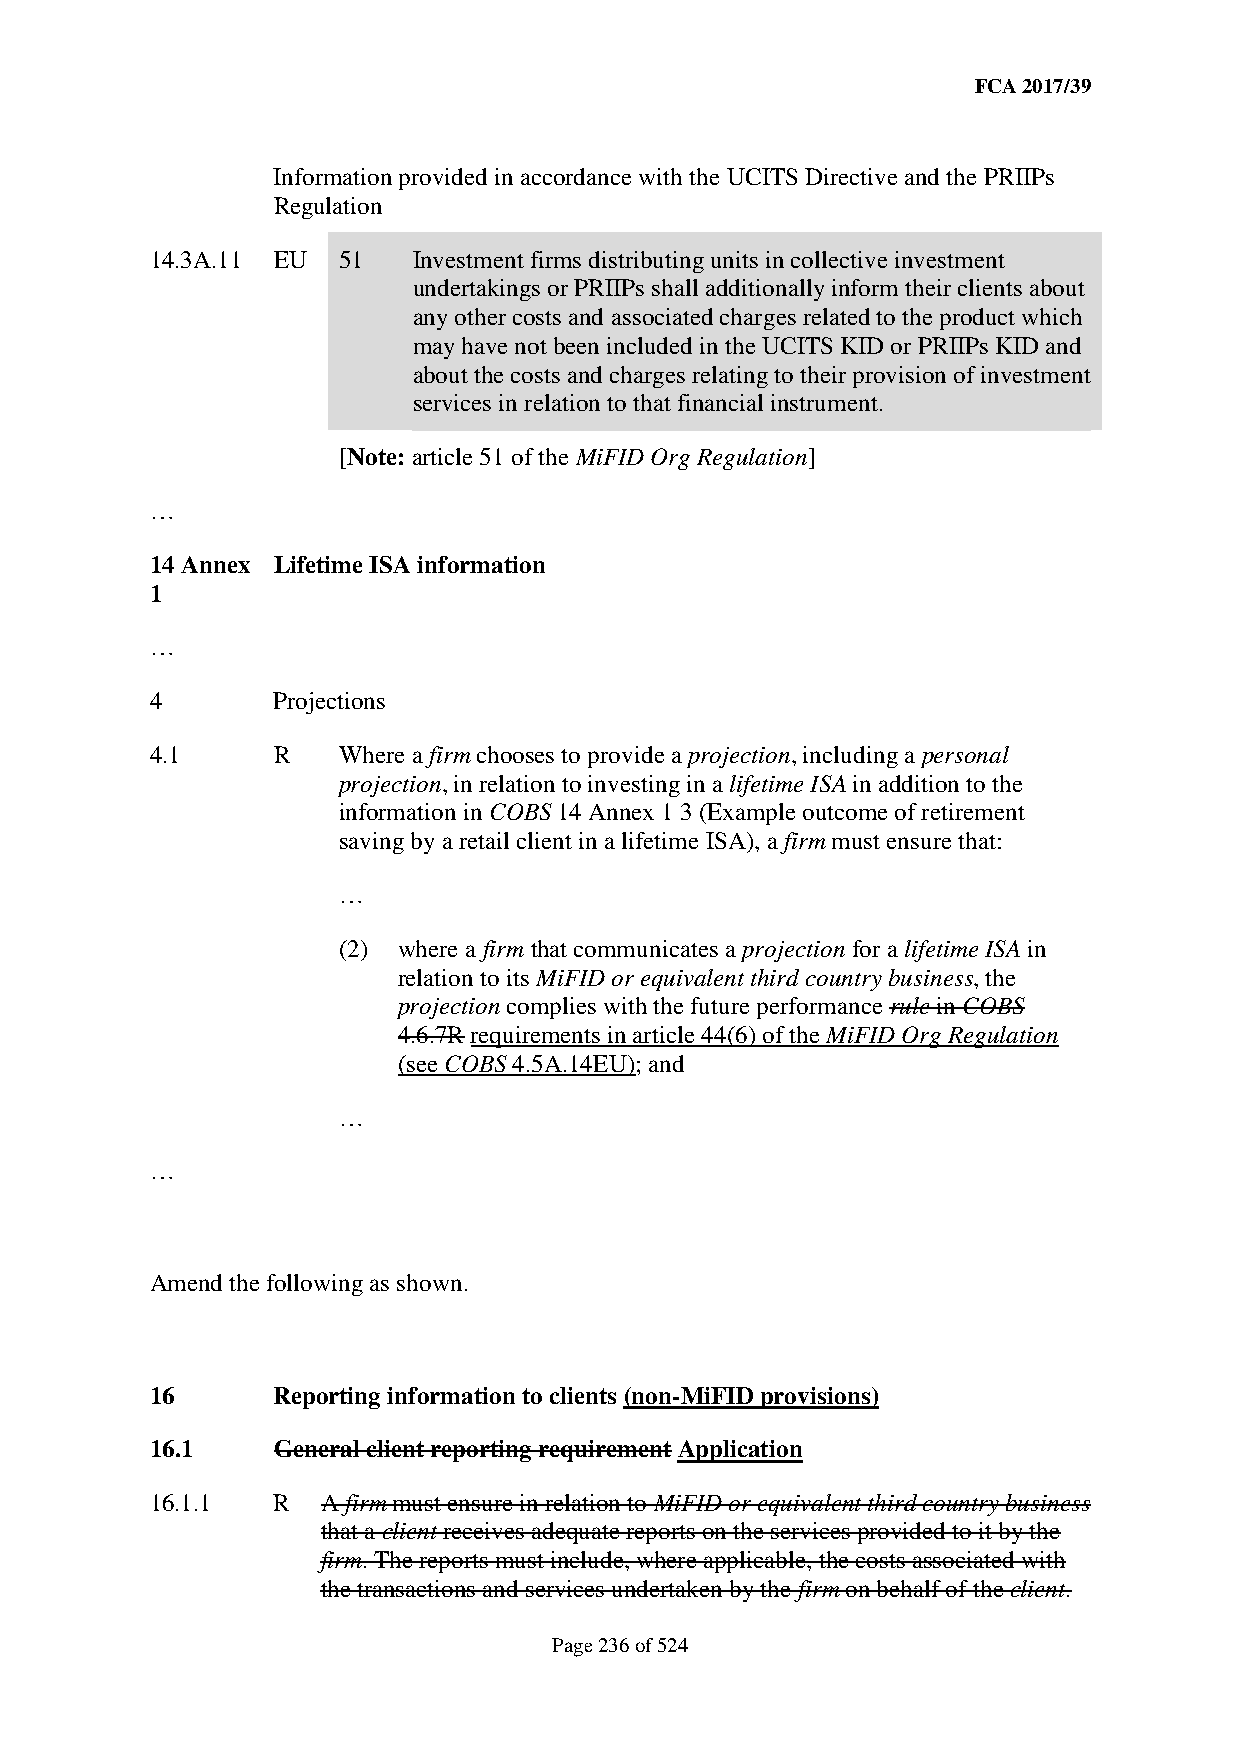
FCA 2017/39
 Information provided in accordance with the UCITS Directive and the PRIIPs
 Regulation
 14.3A.11 EU 51   Investment firms distributing units in collective investment
 undertakings or PRIIPs shall additionally inform their clients about
 any other costs and associated charges related to the product which
 may have not been included in the UCITS KID or PRIIPs KID and
 about the costs and charges relating to their provision of investment
 services in relation to that financial instrument.
 [Note: article 51 of the MiFID Org Regulation]
 …
 14 Annex Lifetime ISA information
 1
 …
 4       Projections
 4.1     R   Where a firm chooses to provide a projection, including a personal
 projection, in relation to investing in a lifetime ISA in addition to the
 information in COBS 14 Annex 1 3 (Example outcome of retirement
 saving by a retail client in a lifetime ISA), a firm must ensure that:
 …
 (2) where a firm that communicates a projection for a lifetime ISA in
 relation to its MiFID or equivalent third country business, the
 projection complies with the future performance rule in COBS
 4.6.7R requirements in article 44(6) of the MiFID Org Regulation
 (see COBS 4.5A.14EU); and
 …
 …
 Amend the following as shown.
 16      Reporting information to clients (non-MiFID provisions)
 16.1    General client reporting requirement Application
 16.1.1  R  A firm must ensure in relation to MiFID or equivalent third country business
 that a client receives adequate reports on the services provided to it by the
 firm. The reports must include, where applicable, the costs associated with
 the transactions and services undertaken by the firm on behalf of the client.
 Page 236 of 524